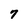
Character: 7